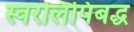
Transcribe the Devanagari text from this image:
स्वरलिपिबद्ध